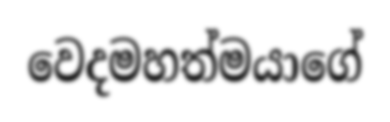
වෙදමහත්මයාගේ